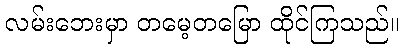
လမ်းဘေးမှာ တမေ့တမြော ထိုင်ကြသည်။